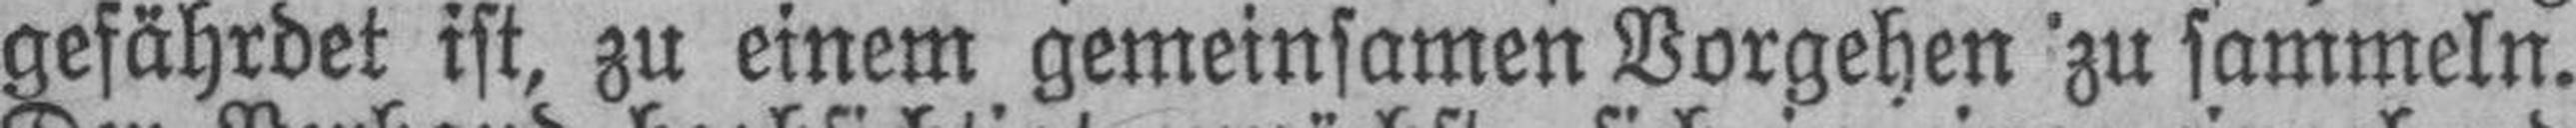
gefährdet ist, zu einem gemeinsamen Vorgehen zu sammeln.